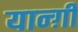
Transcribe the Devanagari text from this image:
यान्ग़ी